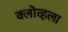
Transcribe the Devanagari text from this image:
क्लोव्हला